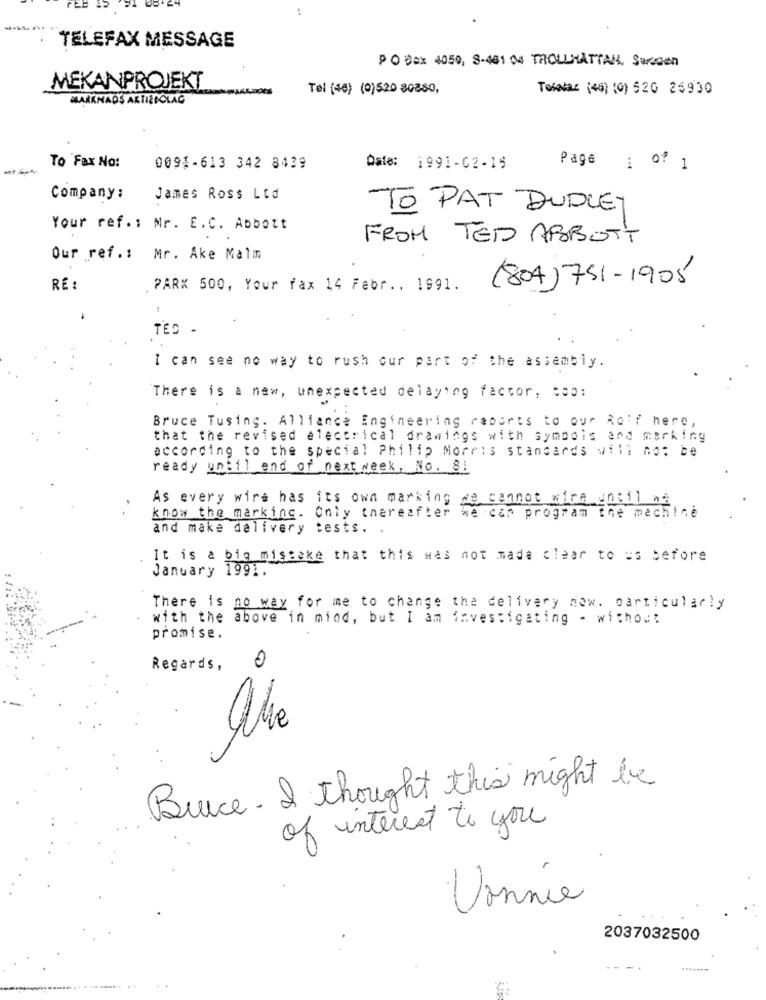
PEE IO
-
TELEFAX MESSAGE
PO Box 4050, 8-481 04 TROLLHÄTTAN, Surcon
MEKANPROJEKT
Tel (46) (0)520 80880,
Telataz (48) (0) 520 25930
MARKNADS AKTIEBOLAG
Page
To Fax No:
0094-613 342 8439
Date: 1991-02-15
1 of 1
Company:
James Ross Ltd
TO PAT DUDLEY
Your ref. : Mr. E.C. Abbott
FROM TED ABBOTT
Our ref .: Mr. Ake Malm
(804) 751-1905
RE :
PARK 500, Your fax 14 Febr ., 1991.
TED -
I can see no way to rush our part of the assembly.
There is a new, unexpected delaying factor, coo:
Bruce Tusing. Alliance Engineering caports to our Roof here,
that the revised electrical drawings with symbols and marking
according to the special Philip Morris standards will not be
ready until end of next week, No. 81
As every wire has its own marking we cannot wire until ma
know the marking. Only thereafter we can program the machine
and make delivery tests. .
It is a big mistake that this was not made clear to =s before
January 1991.
There is no way for me to change the delivery now. particularly
with the above in mind, but I am investigating - without
promise.
0
Regards,
Buce- I thought this might be
of interest to you
Vonnie
2037032500